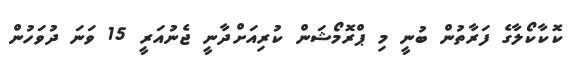
ކޮކާކޯލާގެ ފަރާތުން ބުނީ މި ޕްރޮމޯޝަން ކުރިއަށްދާނީ ޖެނުއަރީ 15 ވަނަ ދުވަހުން